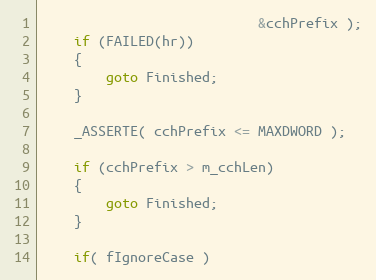
Language: C++
                           &cchPrefix );
    if (FAILED(hr))
    {
        goto Finished;
    }

    _ASSERTE( cchPrefix <= MAXDWORD );

    if (cchPrefix > m_cchLen)
    {
        goto Finished;
    }

    if( fIgnoreCase )